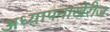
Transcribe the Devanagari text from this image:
अध्यापनाखेरीज